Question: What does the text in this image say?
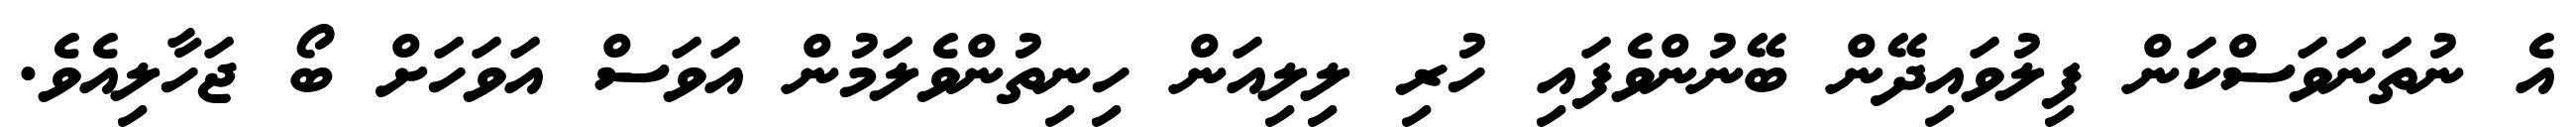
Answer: އެ ނުތަނަވަސްކަން ފިލުވައިދޭން ބޭނުންވެފައި ހުރި ލިލިއަން ހިނިތުންވެލަމުން އަވަސް އަވަހަށް ބޯ ޖަހާލިއެވެ.